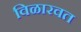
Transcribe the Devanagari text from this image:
विळारवत